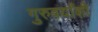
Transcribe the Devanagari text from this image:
गुरुवर्यांशी